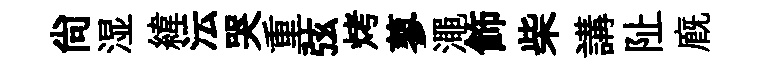
尙湿緯沄哭重弦烤蓼澠飾柴講阯廐